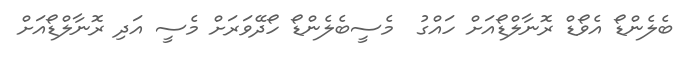
ބެލެންޑޯ އެވޯޑް ރޮނާލްޑޯއަށް ހައްގު  މެސީބެލެންޑޯ ހޯދޭވަރަށް މެސީ އަދި ރޮނާލްޑޯއަށް